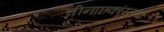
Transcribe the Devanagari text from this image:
चीनाछकांस्तथा